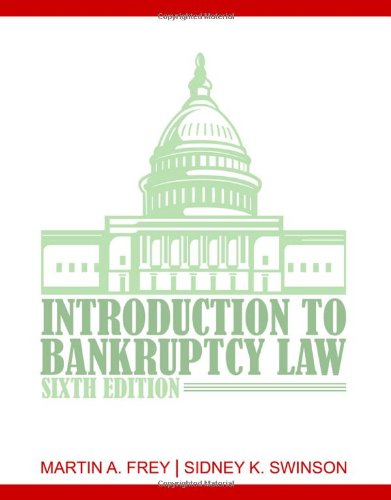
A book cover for Introduction to Bankruptcy Law; Martin A. Frey; Law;